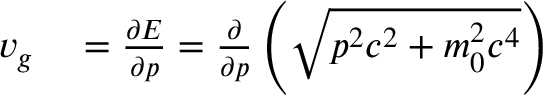
\begin{array} { r l } { v _ { g } } & { { } = { \frac { \partial E } { \partial p } } = { \frac { \partial } { \partial p } } \left( { \sqrt { p ^ { 2 } c ^ { 2 } + m _ { 0 } ^ { 2 } c ^ { 4 } } } \right) } \end{array}